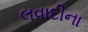
લવાદીના